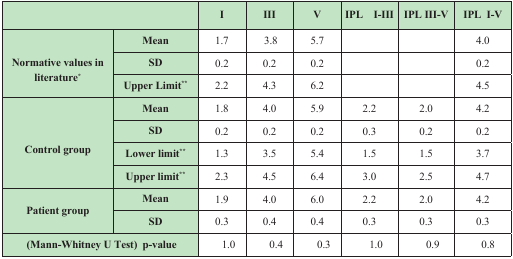
<table><thead><tr><td colspan="2"></td><td><b>I</b></td><td><b>III</b></td><td><b>V</b></td><td><b>IPL I-III</b></td><td><b>IPL III-V</b></td><td><b>IPL I-V</b></td></tr></thead><tbody><tr><td rowspan="3"><b>Normative values in literature</b>*</td><td><b>Mean</b></td><td>1.7</td><td>3.8</td><td>5.7</td><td></td><td></td><td>4.0</td></tr><tr><td><b>SD</b></td><td>0.2</td><td>0.2</td><td>0.2</td><td></td><td></td><td>0.2</td></tr><tr><td><b>Upper Limit</b>**</td><td>2.2</td><td>4.3</td><td>6.2</td><td></td><td></td><td>4.5</td></tr><tr><td rowspan="4"><b>Control group</b></td><td><b>Mean</b></td><td>1.8</td><td>4.0</td><td>5.9</td><td>2.2</td><td>2.0</td><td>4.2</td></tr><tr><td><b>SD</b></td><td>0.2</td><td>0.2</td><td>0.2</td><td>0.3</td><td>0.2</td><td>0.2</td></tr><tr><td><b>Lower limit</b>**</td><td>1.3</td><td>3.5</td><td>5.4</td><td>1.5</td><td>1.5</td><td>3.7</td></tr><tr><td><b>Upper limit</b>**</td><td>2.3</td><td>4.5</td><td>6.4</td><td>3.0</td><td>2.5</td><td>4.7</td></tr><tr><td rowspan="2"><b>Patient group</b></td><td><b>Mean</b></td><td>1.9</td><td>4.0</td><td>6.0</td><td>2.2</td><td>2.0</td><td>4.2</td></tr><tr><td><b>SD</b></td><td>0.3</td><td>0.4</td><td>0.4</td><td>0.3</td><td>0.3</td><td>0.3</td></tr><tr><td colspan="2"><b>(Mann-Whitney U Test)</b><b>p-value</b></td><td>1.0</td><td>0.4</td><td>0.3</td><td>1.0</td><td>0.9</td><td>0.8</td></tr></tbody></table>